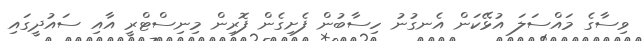
ވިސާގެ މައްސަލަ އުޅޭކަން އެނގުނު ހިސާބުން ފެށިގެން ފޮރިން މިނިސްޓްރީ އާއި ސައުދީގައި